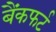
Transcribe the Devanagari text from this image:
बैंकफर्ट